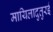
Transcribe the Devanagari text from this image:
मायिलादुतुरई